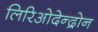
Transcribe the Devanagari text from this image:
लिरिओदेन्द्रोन